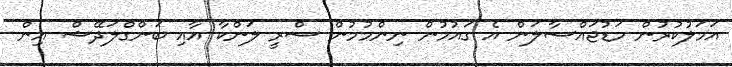
އަމަލުކުރުން މަޑުޖައްސާލަން އެ ގައުމުން ނިންމުމުން ސްރީ ލަންކާ އާއި ބަންގްލަދޭޝް އިން